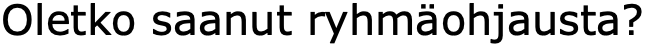
Oletko saanut ryhmäohjausta?